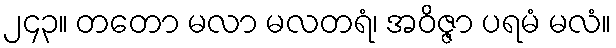
၂၄၃။ တတော မလာ မလတရံ၊ အဝိဇ္ဇာ ပရမံ မလံ။